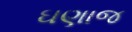
ઘણાજ